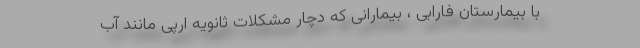
با بیمارستان فارابی ، بیمارانی که دچار مشکلات ثانویه ارپی مانند آب